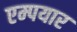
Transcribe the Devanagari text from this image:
एम्पयार